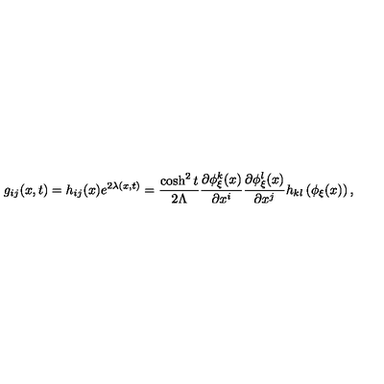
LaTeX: g _ { i j } ( x , t ) = h _ { i j } ( x ) e ^ { 2 \lambda ( x , t ) } = \frac { \cosh ^ { 2 } t } { 2 \Lambda } \frac { \partial \phi _ { \xi } ^ { k } ( x ) } { \partial x ^ { i } } \frac { \partial \phi _ { \xi } ^ { l } ( x ) } { \partial x ^ { j } } h _ { k l } \left( \phi _ { \xi } ( x ) \right) ,